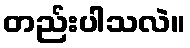
တည်းပါသလဲ။